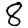
Digit: 8